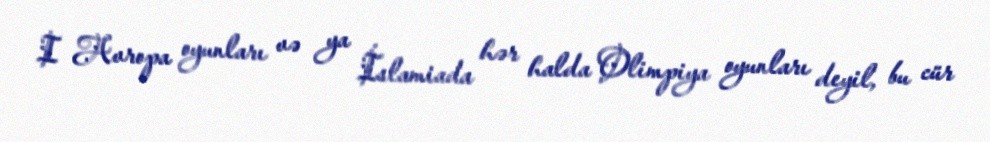
I Avropa oyunları və ya İslamiada hər halda Olimpiya oyunları deyil, bu cür